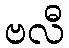
ဗလီ